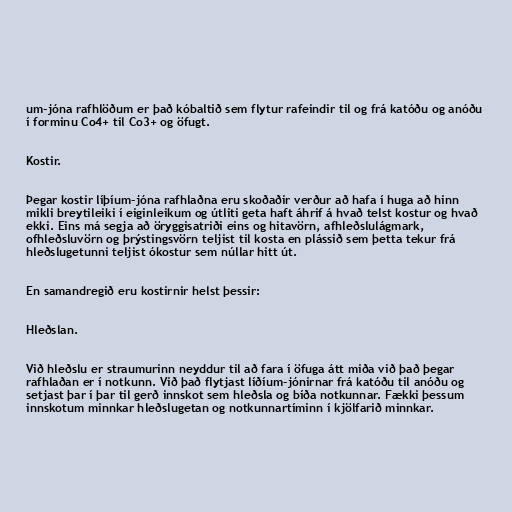
um-jóna rafhlöðum er það kóbaltið sem flytur rafeindir til og frá katóðu og anóðu
í forminu Co4+ til Co3+ og öfugt.

Kostir.

Þegar kostir líþíum-jóna rafhlaðna eru skoðaðir verður að hafa í huga að hinn
mikli breytileiki í eiginleikum og útliti geta haft áhrif á hvað telst kostur og hvað
ekki. Eins má segja að öryggisatriði eins og hitavörn, afhleðslulágmark,
ofhleðsluvörn og þrýstingsvörn teljist til kosta en plássið sem þetta tekur frá
hleðslugetunni teljist ókostur sem núllar hitt út.

En samandregið eru kostirnir helst þessir:

Hleðslan.

Við hleðslu er straumurinn neyddur til að fara í öfuga átt miða við það þegar
rafhlaðan er í notkunn. Við það flytjast líðíum-jónirnar frá katóðu til anóðu og
setjast þar í þar til gerð innskot sem hleðsla og bíða notkunnar. Fækki þessum
innskotum minnkar hleðslugetan og notkunnartíminn í kjölfarið minnkar.